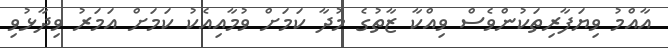
އާއްމު ވިޔަފާރިތަކުންވެސް ވިއްކާ ޒާތުގެ މުދާ ކަމަށް ވުމާއިއެކު ކަމަށް އަމަރު ވިދާޅުވި